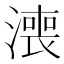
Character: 𣾓